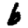
Digit: 6